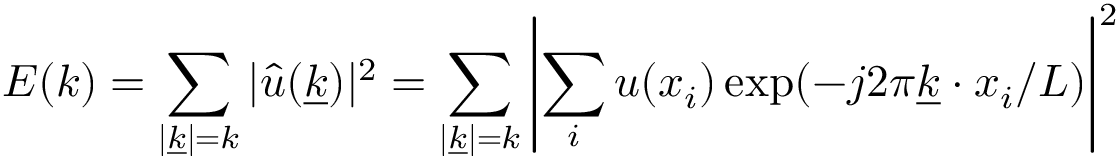
E ( k ) = \sum _ { | \underline { { k } } | = k } | \hat { u } ( \underline { { k } } ) | ^ { 2 } = \sum _ { | \underline { { k } } | = k } \left| \sum _ { i } u ( x _ { i } ) \exp ( - j 2 \pi \underline { { k } } \cdot x _ { i } / L ) \right| ^ { 2 }